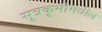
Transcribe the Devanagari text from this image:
सूत्रकृमीमधील